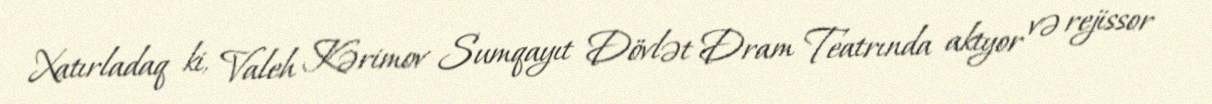
Xatırladaq ki, Valeh Kərimov Sumqayıt Dövlət Dram Teatrında aktyor və rejissor